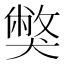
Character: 獘